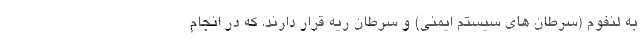
به لنفوم (سرطان های سیستم ایمنی) و سرطان ریه قرار دارند. که در انجام